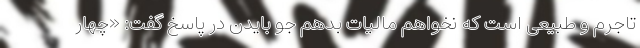
تاجرم و طبیعی است که نخواهم مالیات بدهم جو بایدن در پاسخ گفت: «چهار